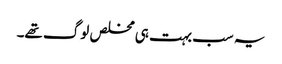
یہ سب بہت ہی مخلص لوگ تھے۔